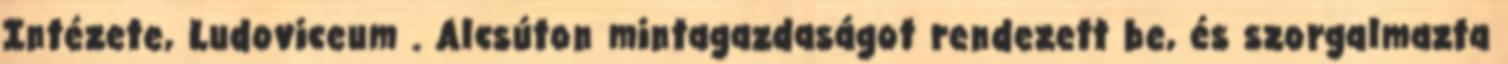
Intézete, Ludoviceum . Alcsúton mintagazdaságot rendezett be, és szorgalmazta